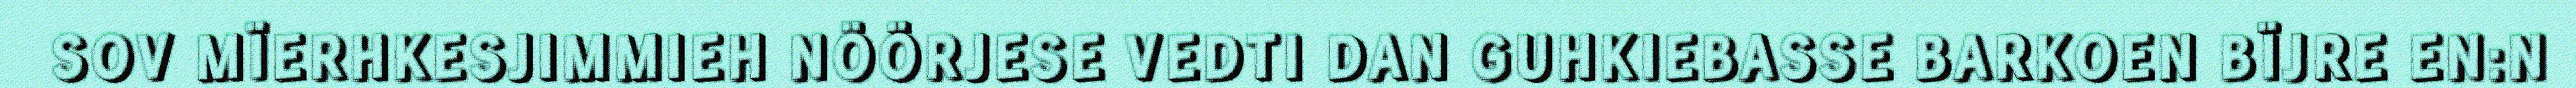
SOV MÏERHKESJIMMIEH NÖÖRJESE VEDTI DAN GUHKIEBASSE BARKOEN BÏJRE EN:N